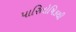
પારિતોષિકથી